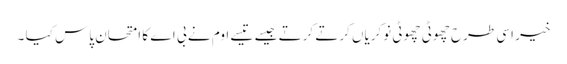
خیر اسی طرح چھوٹی چھوٹی نوکریاں کرتے کرتے جیسے تیسے اوم نے بی اے کا امتحان پاس کیا ۔